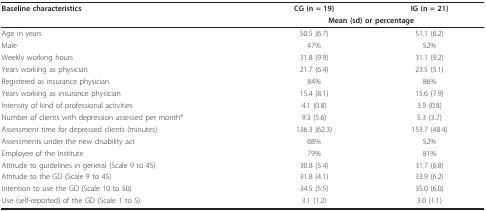
| Baseline characteristics | CG (n = 19) | IG (n = 21) |
 |  | <COLSPAN=2> Mean (sd) or percentage |
 | --- | --- | --- |
 | Age in years | 50.5 (6.7) | 51.1 (6.2) |
 | Male | 47% | 52% |
 | Weekly working hours | 31.8 (9.9) | 31.1 (9.2) |
 | Years working as physician | 21.7 (6.4) | 23.5 (5.1) |
 | Registered as insurance physician | 84% | 86% |
 | Years working as insurance physician | 15.4 (8.1) | 15.6 (7.9) |
 | Intensity of kind of professional activities | 4.1 (0.8) | 3.9 (0.8) |
 | Number of clients with depression assessed per month* | 9.3 (5.6) | 5.3 (3.7) |
 | Assessment time for depressed clients (minutes) | 136.3 (62.3) | 153.7 (48.4) |
 | Assessments under the new disability act | 68% | 52% |
 | Employee of the Institute | 79% | 81% |
 | Attitude to guidelines in general (Scale 9 to 45) | 30.8 (5.4) | 31.7 (6.8) |
 | Attitude to the GD (Scale 9 to 45) | 31.8 (4.1) | 33.9 (6.2) |
 | Intention to use the GD (Scale 10 to 50) | 34.5 (5.5) | 35.0 (6.0) |
 | Use (self-reported) of the GD (Scale 1 to 5) | 3.1 (1.2) | 3.0 (1.1) |